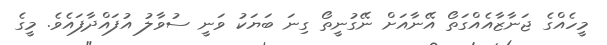
މީހެއްގެ ޖަނާޒާއެއްގަތޯ އޭނާއަށް ނޭގުނީތޯ ގިނަ ބަޔަކު ވަނީ ސުވާލު އުފައްދާފައެވެ. މީގެ